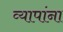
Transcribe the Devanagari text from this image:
व्यापांना